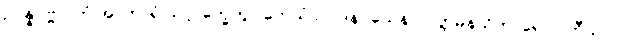
ဥပ္ပန္နပုဗ္ဗာ, တံ အာကာရံ သလ္လက္ခေတွာ တေသံ ဥပ္ပါဒနဝသေန ပဝတ္တမနသိကာရောဝ တီသုပိ